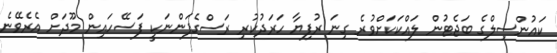
ކައުންސިލްގެ ބަޖެޓުން ލައްކަކަށްވުރެ ގިނަ ރުފިޔާ ހަރަދުކުރި ރަސްގެފަންނަކީ ފަސޭހައިން މޫދަށް އެރެވޭނެ